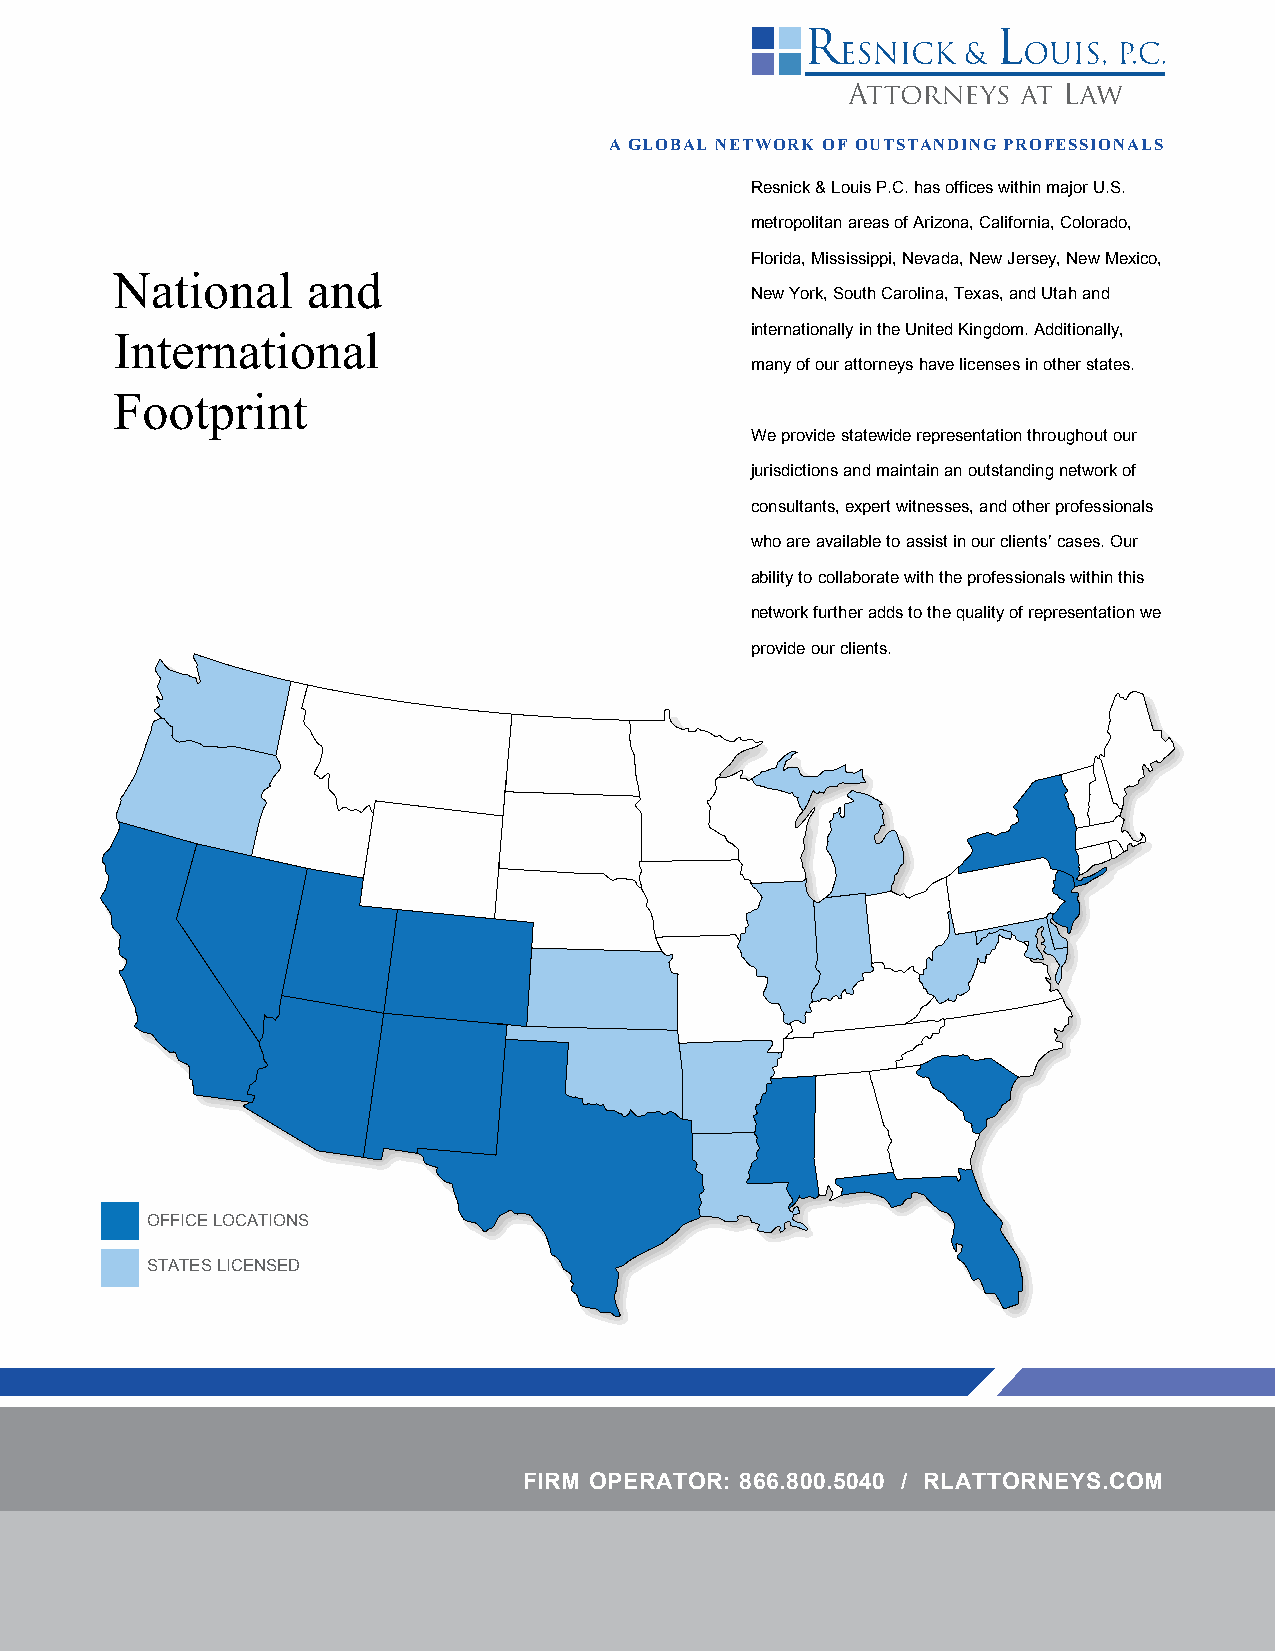
A GLOBAL NETWORK OF OUTSTANDING PROFESSIONALS
 Resnick & Louis P.C. has offices within major U.S.
 metropolitan areas of Arizona, California, Colorado,
 Florida, Mississippi, Nevada, New Jersey, New Mexico,
 National    and
 New York, South Carolina, Texas, and Utah and
 internationally in the United Kingdom. Additionally,
 International
 many of our attorneys have licenses in other states.
 Footprint
 We provide statewide representation throughout our
 jurisdictions and maintain an outstanding network of
 consultants, expert witnesses, and other professionals
 who are available to assist in our clients’ cases. Our
 ability to collaborate with the professionals within this
 network further adds to the quality of representation we
 provide our clients.
 OFFICE LOCATIONS
 STATES LICENSED
 FIRM OPERATOR: 866.800.5040 / RLATTORNEYS.COM